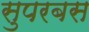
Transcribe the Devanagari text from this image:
सुपरबस